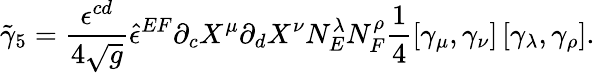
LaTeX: {\tilde{\gamma}_{5}}={\frac{\epsilon^{cd}}{4\sqrt{g}}}{\hat{\epsilon}^{EF}}\partial_{c}X^{\mu}\partial_{d}X^{\nu}N_{E}^{\lambda}N_{F}^{\rho}\frac 14[\gamma_{\mu},\gamma_{\nu}]\, [\gamma_{\lambda},\gamma_{\rho}].